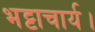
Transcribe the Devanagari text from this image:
भट्टाचार्य।